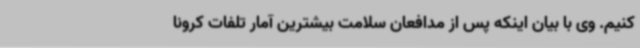
کنیم. وی با بیان اینکه پس از مدافعان سلامت بیشترین آمار تلفات کرونا